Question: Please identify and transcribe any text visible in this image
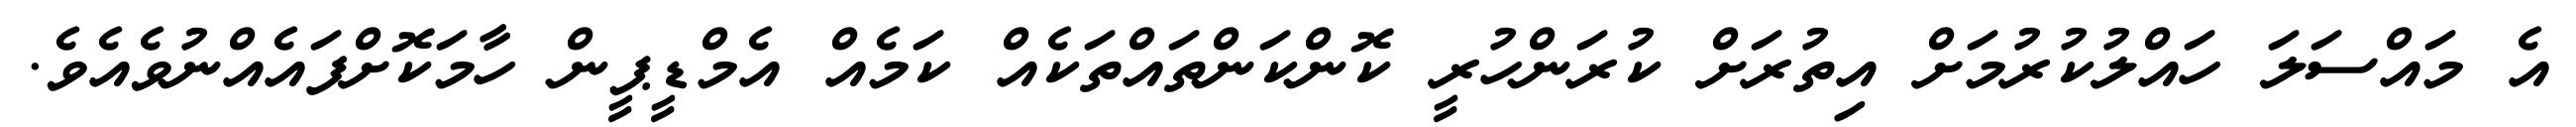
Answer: އެ މައްސަލަ ހައްލުކުރުމަށް އިތުރަށް ކުރަންހުރީ ކޮންކަންތައްތަކެއް ކަމެއް އެމްޑީޕީން ހާމަކޮށްފައެއްނުވެއެވެ.